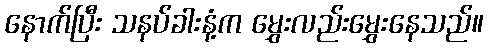
နောက်ပြီး သနပ်ခါးနံ့က မွှေးလည်းမွှေးနေသည်။